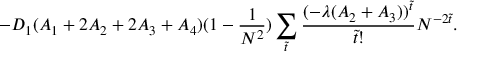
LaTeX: - D _ { 1 } ( A _ { 1 } + 2 A _ { 2 } + 2 A _ { 3 } + A _ { 4 } ) ( 1 - \frac { 1 } { N ^ { 2 } } ) \sum _ { \tilde { t } } \frac { ( - \lambda ( A _ { 2 } + A _ { 3 } ) ) ^ { \tilde { t } } } { \tilde { t } ! } N ^ { - 2 \tilde { t } } .